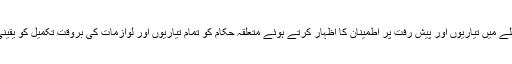
وزیراعلیٰ نے اس سلسلے میں تیاریوں اور پیش رفت پر اطمینان کا اظہار کرتے ہوئے متعلقہ حکام کو تمام تیاریوں اور لوازمات کی بروقت تکمیل کو یقینی بنانے کی ہدایت کی۔